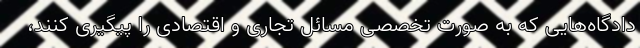
دادگاه‌هایی که به صورت تخصصی مسائل تجاری و اقتصادی را پیگیری کنند،